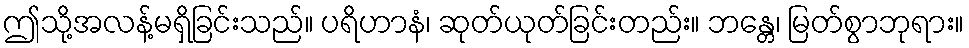
ဤသို့အလန့်မရှိခြင်းသည်။ ပရိဟာနံ၊ ဆုတ်ယုတ်ခြင်းတည်း။ ဘန္တေ၊ မြတ်စွာဘုရား။